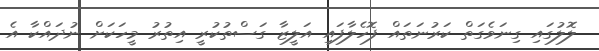
ލޮލުގައި ގިނަވެގަތް ކަރުނަތައް ފޮހެލާފައި އަލީޒާ ގަސްތުކުރީ އިތުރު މީހަކަށް ނުދައްކާ އެ